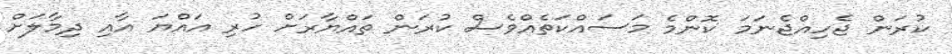
ކުރަން ޖެހިއްޖެނަމަ ކޮންމެ މަސައްކަތެއްވެސް ކުރަން ތައްޔާރަށް ހުރި އައްޔަ އާއި ދިމާލަށް